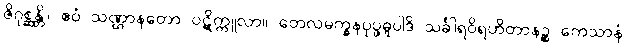
ဇိဂုစ္ဆန္တိ။ ဧဝံ သဏ္ဌာနတော ပဋိက္ကူလာ။ တေလမက္ခနပုပ္ဖဓူပါဒိ သင်္ခါရဝိရဟိတာနဉ္စ ကေသာနံ